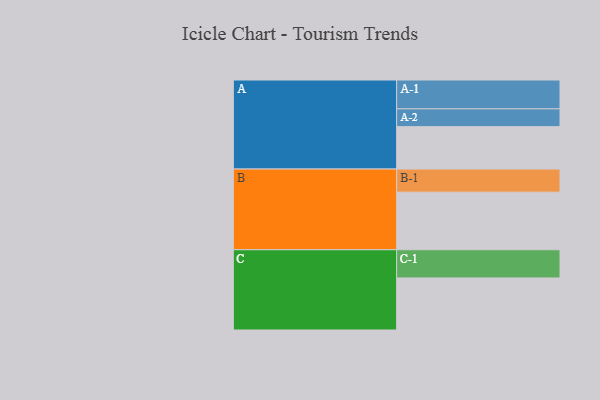
{"axis": {"x": "Segment", "y": "Value"}, "legend": ["", "A", "B", "C"], "data": [{"x": "A", "y": 400, "type": ""}, {"x": "B", "y": 543, "type": ""}, {"x": "C", "y": 491, "type": ""}, {"x": "A-1", "y": 272, "type": "A"}, {"x": "A-2", "y": 168, "type": "A"}, {"x": "B-1", "y": 218, "type": "B"}, {"x": "C-1", "y": 266, "type": "C"}]}